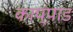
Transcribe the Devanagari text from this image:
काप्पाड